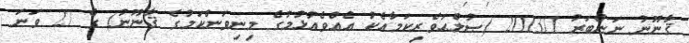
ޤާނޫނު ނަންބަރު 2013/1 (ޞުލްޙަވެރިކަމާއެކު އެއްވެއުޅުމުގެ މިނިވަންކަމުގެ ޤާނޫނު) ގެ 27 ވަނަ